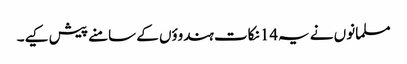
مسلمانوں نے یہ14 نکات ہندوؤں کے سامنے پیش کیے۔